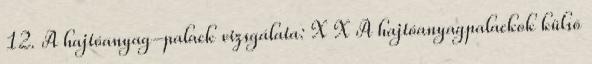
12. A hajtóanyag-palack vizsgálata: X X A hajtóanyagpalackok külsõ